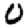
Digit: 0